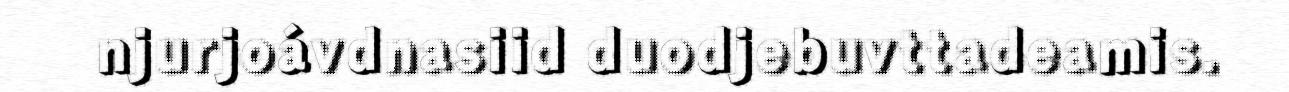
njurjoávdnasiid duodjebuvttadeamis.